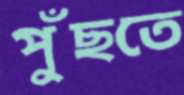
পুঁছতে